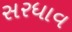
સરધાવ